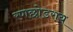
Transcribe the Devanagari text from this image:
रणछोडराय